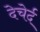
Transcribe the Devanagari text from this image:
देचेर्द